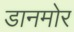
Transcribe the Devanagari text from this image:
डानमोर